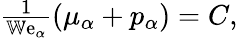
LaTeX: \begin{array}{r}{\frac{1}{\mathbb{W}\mathrm{e}_{\alpha}}\left(\mu_{\alpha}+p_{\alpha}\right)=C,}\end{array}